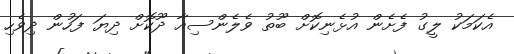
އެކަމަކު ލީގު ފެށެން އުޅެނިކޮށް ބޫތު ވެލެންސިއާ ދޫކޮށް ދިޔަ ފަހުން ދިވެހި